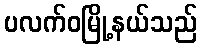
ပလက်ဝမြို့နယ်သည်